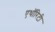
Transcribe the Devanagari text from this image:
एथॉरिटी